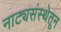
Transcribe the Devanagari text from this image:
नाट्यसंस्थेतून